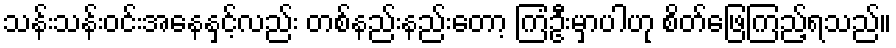
သန်းသန်းဝင်းအနေနှင့်လည်း တစ်နည်းနည်းတော့ ကြံဦးမှာပါဟု စိတ်ဖြေကြည့်ရသည်။